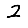
Digit: 2